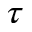
\tau